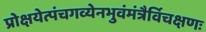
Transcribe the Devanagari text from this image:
प्रोक्षयेत्पंचगव्येनभुवंमंत्रैर्विचक्षणः